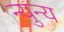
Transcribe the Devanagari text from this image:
न्युन्य